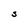
Character: S